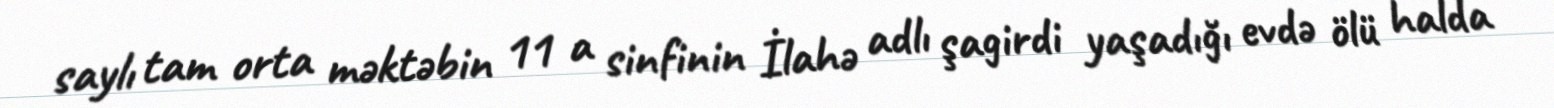
saylı tam orta məktəbin 11 a sinfinin İlahə adlı şagirdi yaşadığı evdə ölü halda